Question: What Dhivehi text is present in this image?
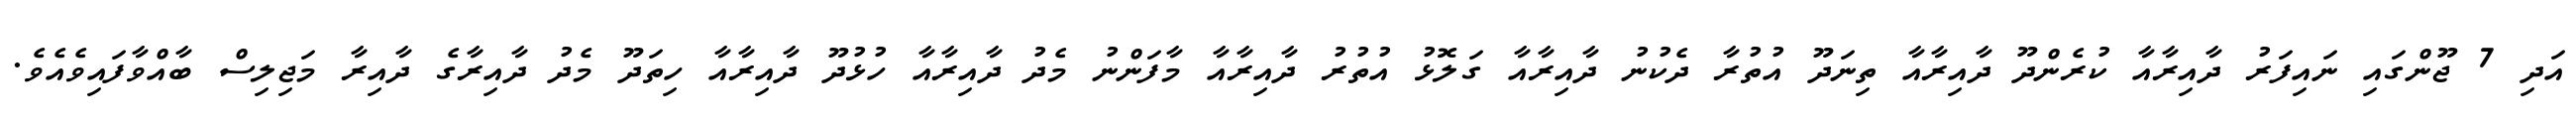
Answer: އަދި 7 ޖޫންގައި ނައިފަރު ދާއިރާއާ ކުރެންދޫ ދާއިރާއާ ތިނަދޫ އުތުރާ ދެކުނު ދާއިރާއާ ގަލޮޅު އުތުރު ދާއިރާއާ މާފަންނު މެދު ދާއިރާއާ ހުޅުދޫ ދާއިރާއާ ހިތަދޫ މެދު ދާއިރާގެ ދާއިރާ މަޖިލިސް ބާއްވާފައިވެއެވެ.